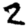
Digit: 2